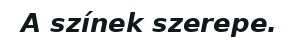
A színek szerepe.